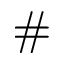
\#